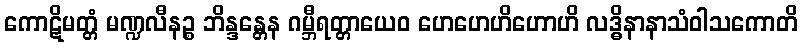
ကောဋိမတ္တံ မဏ္ဍလီနဉ္စ ဘိန္ဒန္တေန ဂမ္ဘီရတ္တာယေဝ ဟေဟေဟိဟောဟိ လဒ္ဓိနာနာသံဝါသကောတိ